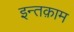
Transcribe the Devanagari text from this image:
इन्तक़ाम